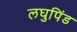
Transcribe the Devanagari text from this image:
लघुपिंड